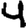
Digit: 4